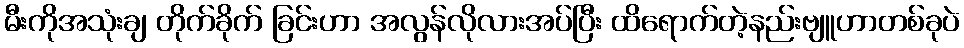
မီးကိုအသုံးချ တိုက်ခိုက် ခြင်းဟာ အလွန်လိုလားအပ်ပြီး ထိရောက်တဲ့နည်းဗျူဟာတစ်ခုပဲ